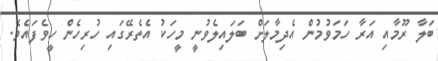
ބަލާ ރޫމާއި އަރާ ހަމަވުމުން އެދިމާލަށް ބަލައިލެވުނީ މީހަކު އެތެރޭގައި ހުރިހެން ހީވެފައެވެ.